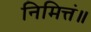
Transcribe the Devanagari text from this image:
निमित्तं॥